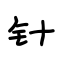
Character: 针